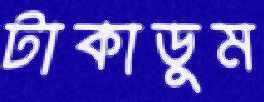
টাকাডুম